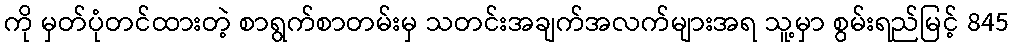
ကို မှတ်ပုံတင်ထားတဲ့ စာရွက်စာတမ်းမှ သတင်းအချက်အလက်များအရ သူ့မှာ စွမ်းရည်မြင့် 845